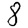
Digit: 8